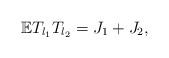
LaTeX: \begin{align*}\mathbb{E} T_{l_1} T_{l_2} = J_1 + J_2,\end{align*}